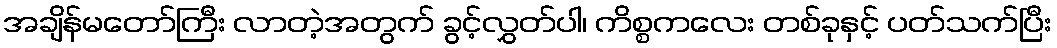
အချိန်မတော်ကြီး လာတဲ့အတွက် ခွင့်လွှတ်ပါ၊ ကိစ္စကလေး တစ်ခုနှင့် ပတ်သက်ပြီး